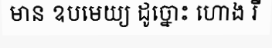
មាន ឧបមេយ្យ ដូច្នោះ ហោង រី